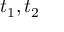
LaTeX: t _ { 1 } , t _ { 2 }